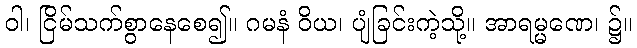
ဝါ၊ ငြိမ်သက်စွာနေစေ၍။ ဂမနံ ဝိယ၊ ပျံခြင်းကဲ့သို့။ အာရမ္မဏေ၊ ၌။